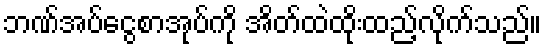
ဘဏ်အပ်ငွေစာအုပ်ကို အိတ်ထဲထိုးထည့်လိုက်သည်။